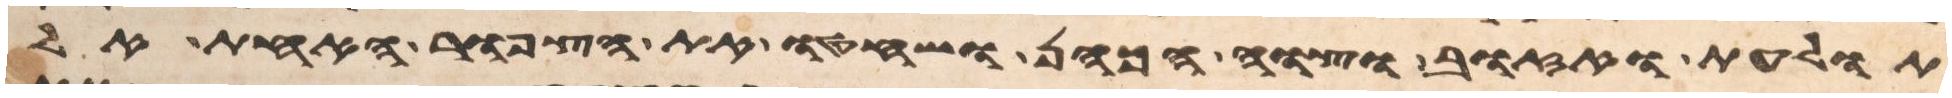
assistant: תולעת ואזוב וצוה הכהן ושחטו את הצפור האחת אל